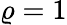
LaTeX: \varrho=1